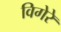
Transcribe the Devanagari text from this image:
विगेरे